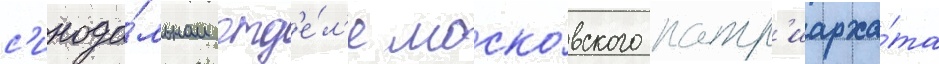
с'инода́льном отд'е́л'е моско́вского патр'иарха́та